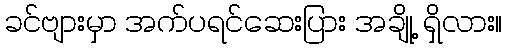
ခင်ဗျားမှာ အက်ပရင်ဆေးပြား အချို့ ရှိလား။